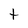
Character: t